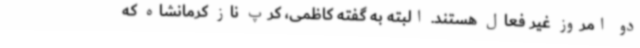
دو امروز غیر فعال هستند. البته به گفته کاظمی، کرپ ناز کرمانشاه که